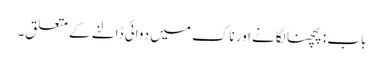
باب : پچھنا لگانے اور ناک میں دوائی ڈالنے کے متعلق۔